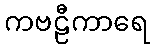
ကဗဠီကာရေ